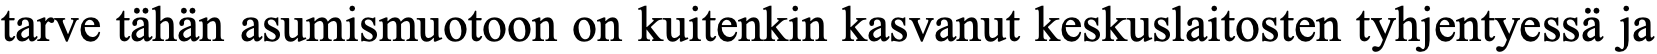
tarve tähän asumismuotoon on kuitenkin kasvanut keskuslaitosten tyhjentyessä ja